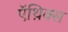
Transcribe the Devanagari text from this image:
ऍथ़िक्स